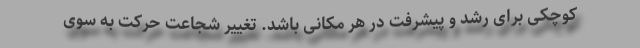
کوچکی برای رشد و پیشرفت در هر مکانی باشد. تغییر شجاعت حرکت به سوی